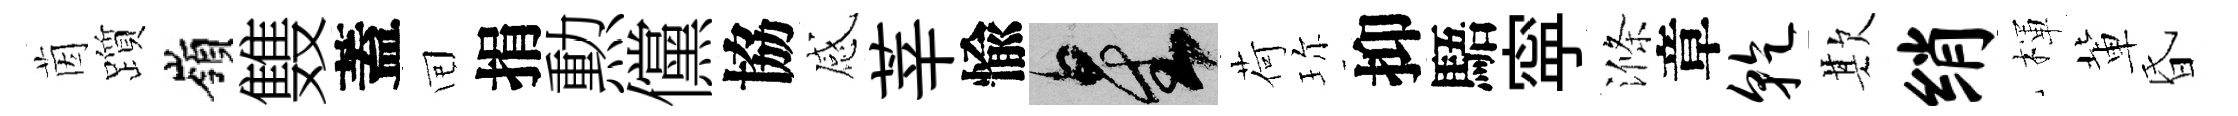
茵躓嶺䨇蓋囘捐勲儻協感莘愉星荷珎抑䮏寜滌章干欺绡楎軰昏